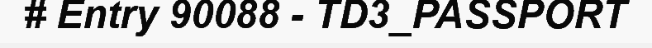
# Entry 90088 - TD3_PASSPORT